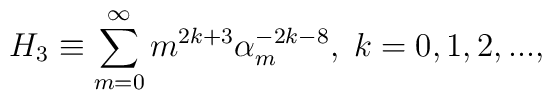
H_{3} \equiv \sum_{m=0}^{\infty}m^{2k+3}\alpha_{m}^{-2k-8},\; k=0,1,2,...,